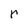
Character: r